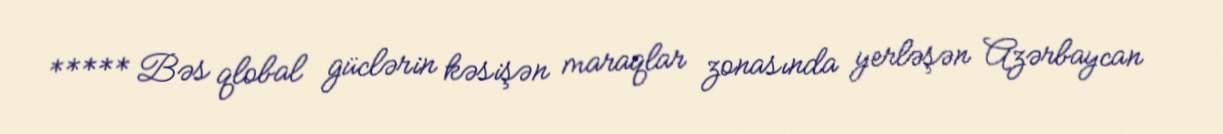
***** Bəs qlobal güclərin kəsişən maraqlar zonasında yerləşən Azərbaycan